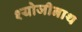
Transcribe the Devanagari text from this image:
श्योजीनाथ